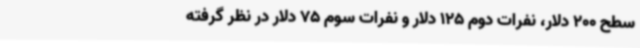
سطح 200 دلار، نفرات دوم 125 دلار و نفرات سوم 75 دلار در نظر گرفته